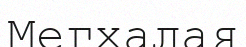
Мегхалая